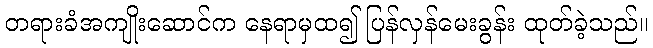
တရားခံအကျိုးဆောင်က နေရာမှထ၍ ပြန်လှန်မေးခွန်း ထုတ်ခဲ့သည်။